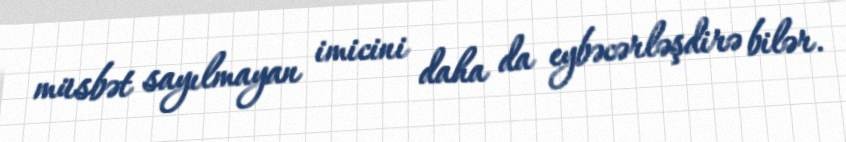
müsbət sayılmayan imicini daha da eybəcərləşdirə bilər.